Annual administration report of the Civil Veterinary Department of India - 1897-1898
Year: 1897
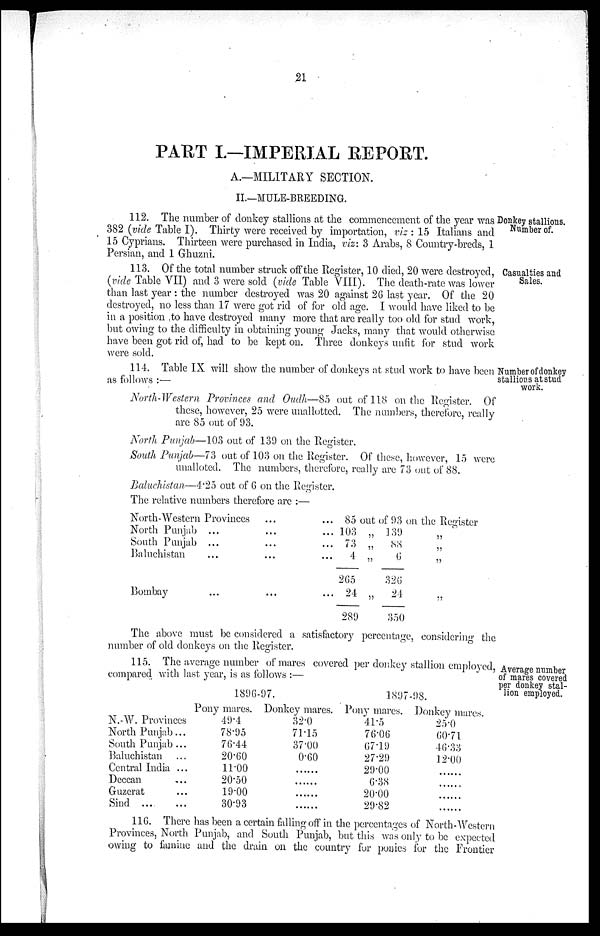
21
PART I.—IMPERIAL REPORT.
A.—MILITARY SECTION.
II.—MULE-BREEDING.
Donkey stallions.
Number of.
112. The number of donkey stallions at the commencement of the year was
382 (vide Table I). Thirty were received by importation, viz : 15 Italians and
15 Cyprians. Thirteen were purchased in India, viz: 3 Arabs, 8 Country-breds, 1
Persian, and 1 Ghuzni.
Casualties and
Sales.
113. Of the total number struck off the Register, 10 died, 20 were destroyed,
(vide Table VII) and 3 were sold (vide Table VIII). The death-rate was lower
than last year : the number destroyed was 20 against 26 last year. Of the 20
destroyed, no less than 17 were got rid of for old age. I would have liked to be
in a position to have destroyed many more that are really too old for stud work,
but owing to the difficulty in obtaining young Jacks, many that would otherwise
have been got rid of, had to be kept on. Three donkeys unfit for stud work
were sold.
Number of donkey
stallions at stud
work.
114. Table IX will show the number of donkeys at stud work to have been :
as follows :—
North-Western Provinces and Oudh—85 out of 118 on the Register. Of
these, however, 25 were unallotted. The numbers, therefore, really
are 85 out of 93.
North Punjab—103 out of 139 on the Register.
South Punjab—73 out of 103 on the Register. Of these, however, 15 were
unalloted. The numbers, therefore, really are 73 out of 88.
Baluchistan—4.25 out of 6 on the Register.
The relative numbers therefore are :—
North-Western Provinces......
North Punjab
...
...
...
South Punjab ...
...
...
Baluchistan
...
...
...
Bombay
...
...
...
85 out of 93 on the Register
103
73
4
265
24
289
„
„
„
„
139
88
6
326
24
350
„
„
„
„
The above must be considered a satisfactory percentage, considering the
number of old donkeys on the Register.
115. The average number of mares covered per donkey stallion employed,
compared with last year, is as follows :—
Average number
of mares covered
per donkey stal-
lion employed.
N. W. Provinces
North Punjab ...
South Punjab ...
Baluchistan ...
Central India ...
Deccan ...
Guzerat ...
Sind
...
...
1896-97.
Pony mares.
49.4
78.95
76.44
20.60
11.00
20.50
19.00
30.93
Donkey mares.
32.0
71.15
37.00
0.60
........
........
........
........
1897.98.
Pony mares.
41.5
76.06
67.19
27.29
29.00
6.38
20.00
29.82
Donkey mares.
25.0
60.71
46.33
12.00
........
........
........
........
116. There has been a certain falling off in the percentages of North-Western
Provinces, North Punjab, and South Punjab, but this was only to be expected
owing to famine and the drain on the country for ponies for the Frontier